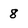
Character: 8